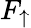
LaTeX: F_{\uparrow}